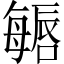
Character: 𱕏